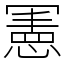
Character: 𭂅